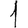
Digit: 1